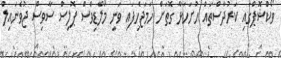
ވޯކްޝޮޕްގައި ކަރުދާސްތައް ހުށަހަޅާ ގޮތަށް ހަމަޖެހިފައި ވަނީ މޯލްޑިވްސް ޕޮލިސް ސާވިސް ޖުވެނައިލް